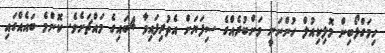
ހިމަގްލޯބިން މޮލިކިއުލް ހުންނަނީ ވަށްބުރެއްގެ ސިފަޔަށް އެތުރިފައިވާ 4ބައިގެ މައްޗަށެވެ. ކޮންމެ ބައެއްގައި